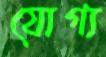
যোগ্য